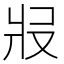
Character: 𤕱